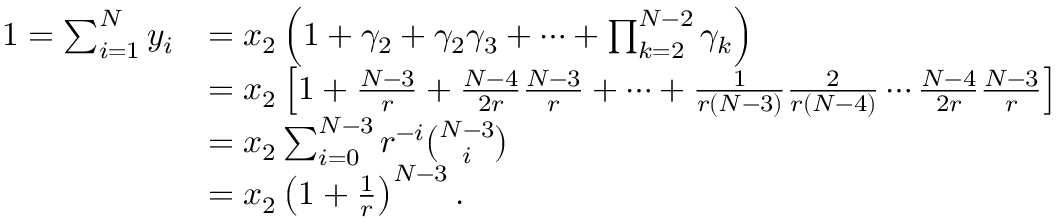
\begin{array} { r l } { 1 = \sum _ { i = 1 } ^ { N } y _ { i } } & { = x _ { 2 } \left( 1 + \gamma _ { 2 } + \gamma _ { 2 } \gamma _ { 3 } + \cdots + \prod _ { k = 2 } ^ { N - 2 } \gamma _ { k } \right) } \\ & { = x _ { 2 } \left[ 1 + \frac { N - 3 } { r } + \frac { N - 4 } { 2 r } \frac { N - 3 } { r } + \cdots + \frac { 1 } { r ( N - 3 ) } \frac { 2 } { r ( N - 4 ) } \cdots \frac { N - 4 } { 2 r } \frac { N - 3 } { r } \right] } \\ & { = x _ { 2 } \sum _ { i = 0 } ^ { N - 3 } r ^ { - i } \binom { N - 3 } { i } } \\ & { = x _ { 2 } \left( 1 + \frac { 1 } { r } \right) ^ { N - 3 } . } \end{array}